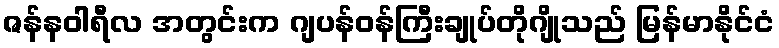
ဇန်နဝါရီလ အတွင်းက ဂျပန်ဝန်ကြီးချုပ်တိုဂျိုသည် မြန်မာနိုင်ငံ